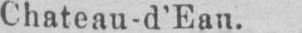
Chateau-d’Ean.